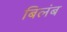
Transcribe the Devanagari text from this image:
बिलंब